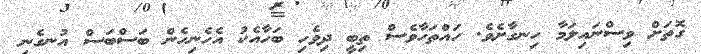
ގޮތަށް ވިސްނައިލަމާ ހިނގާށެވެ. ހައްތަހާވެސް ތިބީ ދިވެހި ބަހާއެކު އެހެނިހެން ބަސްބަސް އުނގެނި